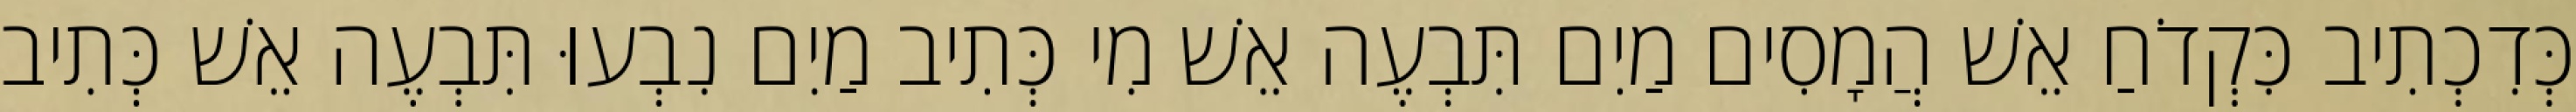
כְּדִכְתִיב כִּקְדֹחַ אֵשׁ הֲמָסִים מַיִם תִּבְעֶה אֵשׁ מִי כְּתִיב מַיִם נִבְעוּ תִּבְעֶה אֵשׁ כְּתִיב